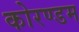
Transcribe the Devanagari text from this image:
कोरण्डम